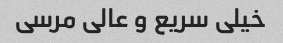
خیلی سریع و عالی مرسی